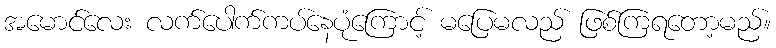
အမောင်လေး လက်ပေါက်ကပ်နေပုံကြောင့် မပြေမလည် ဖြစ်ကြရတော့မည်။